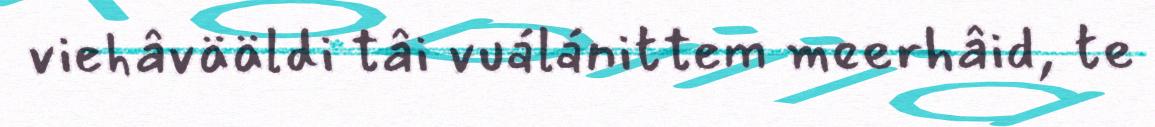
viehâvääldi tâi vuálánittem meerhâid, te